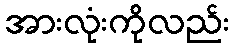
အားလုံးကိုလည်း